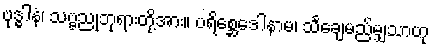
ဗုဒ္ဓါနံ၊ သဗ္ဗညုဘုရားတို့အား။ ပရိစ္ဆေဒေါနာမ၊ သင်္ချေမည်မျှသာဟု